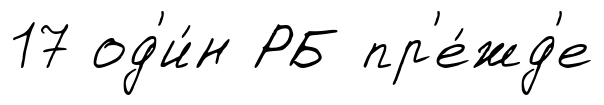
17 од'и́н РБ пр'е́жд'е